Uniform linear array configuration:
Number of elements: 12
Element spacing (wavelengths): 0.75
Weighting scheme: kaiser
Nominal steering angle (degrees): -30
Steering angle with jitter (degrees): -29.387
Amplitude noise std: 0.05
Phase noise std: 0.05

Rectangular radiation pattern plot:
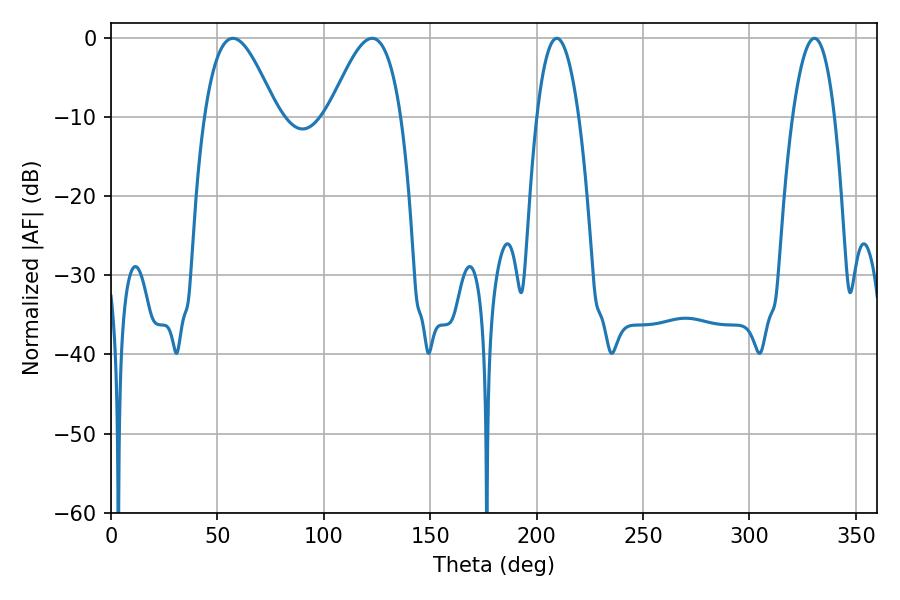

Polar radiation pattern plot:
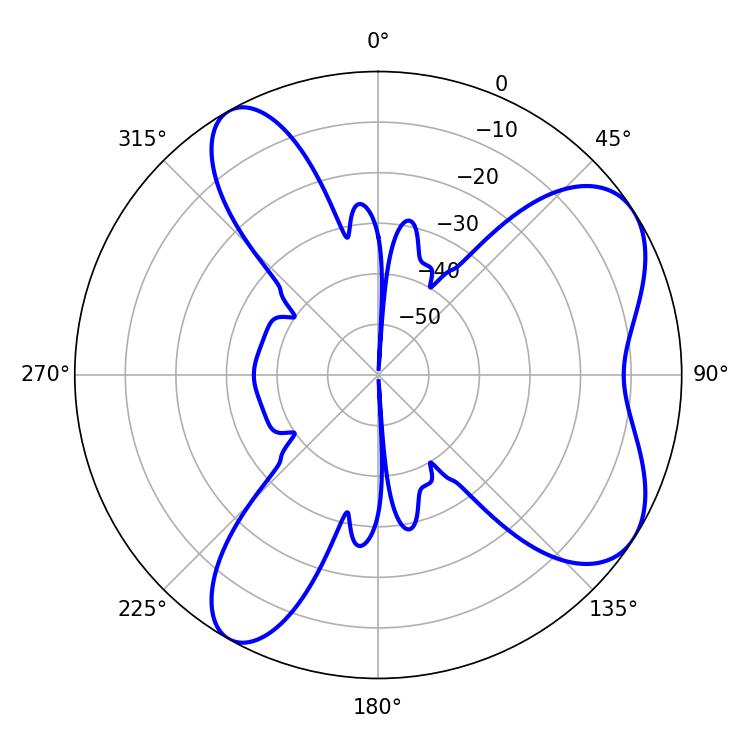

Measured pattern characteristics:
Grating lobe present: TRUE
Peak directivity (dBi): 6.791
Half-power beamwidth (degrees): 18.36
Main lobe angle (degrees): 122.76